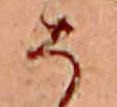
そ